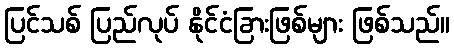
ပြင်သစ် ပြည်လုပ် နိုင်ငံခြားဖြစ်များ ဖြစ်သည်။